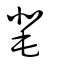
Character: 靟